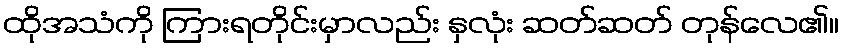
ထိုအသံကို ကြားရတိုင်းမှာလည်း နှလုံး ဆတ်ဆတ် တုန်လေ၏။